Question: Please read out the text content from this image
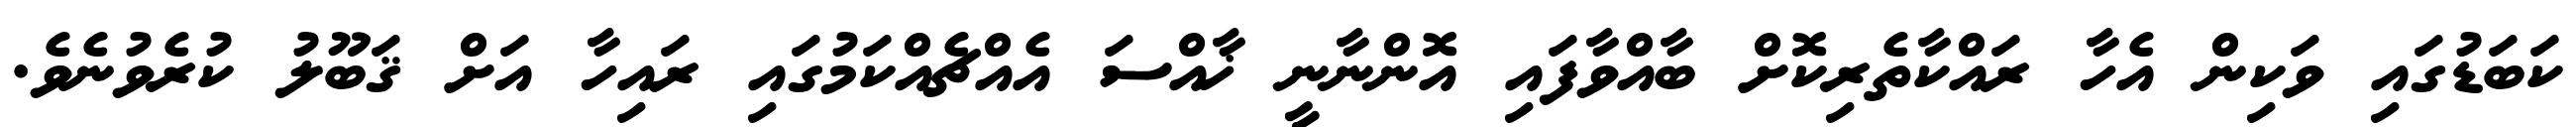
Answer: ކަބަޑުގައި ވަކިން އެހާ ރައްކާތެރިކޮށް ބާއްވާފައި އޮންނާނީ ޚާއްސަ އެއްޗެއްކަމުގައި ރައިހާ އަށް ޤަބޫލު ކުރެވުނެވެ.